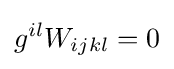
g^{il}W_{ijkl}=0